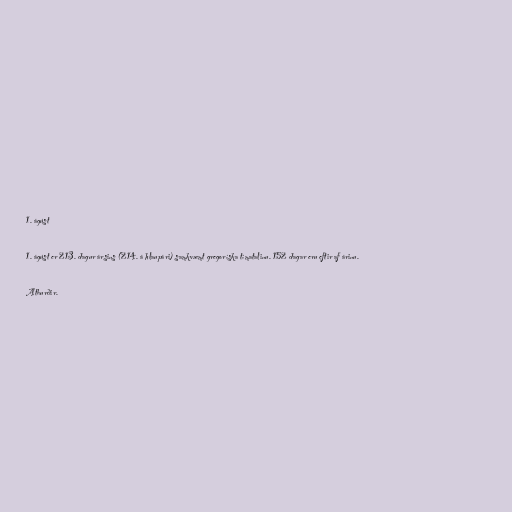
1. ágúst

1. ágúst er 213. dagur ársins (214. á hlaupári) samkvæmt gregoríska tímatalinu. 152 dagar eru eftir af árinu.

Atburðir.